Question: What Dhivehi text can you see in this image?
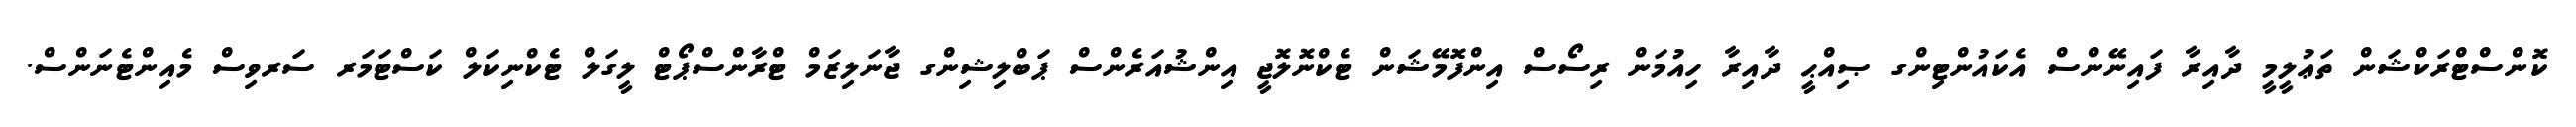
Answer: ކޮންސްޓްރަކްޝަން ތަޢުލީމީ ދާއިރާ ފައިނޭންސް އެކައުންޓިންގ ޞިއްޙީ ދާއިރާ ހިއުމަން ރިސޯސް އިންފޮމޭޝަން ޓެކްނޮލޮޖީ އިންޝުއަރެންސް ޕަބްލިޝިންގ ޖާނަލިޒަމް ޓްރާންސްޕޯޓް ލީގަލް ޓެކްނިކަލް ކަސްޓަމަރ ސަރވިސް މެއިންޓެނަންސް.